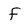
Character: f